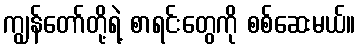
ကျွန်တော်တို့ရဲ့ စာရင်းတွေကို စစ်ဆေးမယ်။